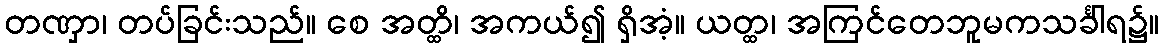
တဏှာ၊ တပ်ခြင်းသည်။ စေ အတ္ထိ၊ အကယ်၍ ရှိအံ့။ ယတ္ထ၊ အကြင်တေဘူမကသင်္ခါရ၌။